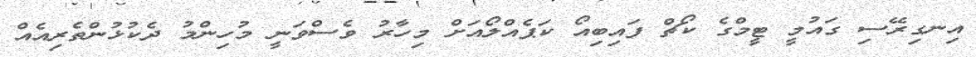
އިނގިރޭސި ގައުމީ ޓީމްގެ ކޯޗް ފައިބިއޯ ކަޕެއްލޯއަށް މިހާރު ވެސްވަނީ މުހިންމު ދެކުޅުންތެރިއެއް